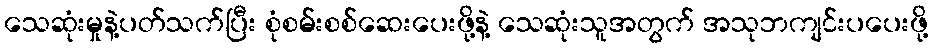
သေဆုံးမှုနဲ့ပတ်သက်ပြီး စုံစမ်းစစ်ဆေးပေးဖို့နဲ့ သေဆုံးသူအတွက် အသုဘကျင်းပပေးဖို့